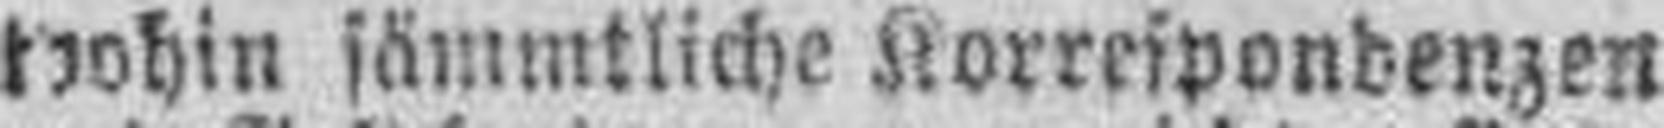
wohin sämmtliche Korrespondenzen